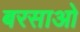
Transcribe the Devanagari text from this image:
बरसाओ